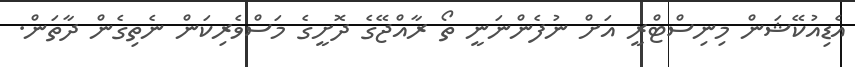
އެޑިއުކޭޝަން މިނިސްޓްރީ އަށް ނުފެންނަނީ ތޯ ރާއްޖޭގެ ދޮށީގެ މަސްވެރިކަން ނެތިގެން ދާތަން.